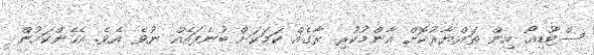
ސްޓޫޑިއޯ އިން ތައްޔާރުކޮށް އާންމުކުރި ރާގެއް ކަމަކަށް ބުނެފައެއް ނުވެ އެވެ. އެހެންކަމުން